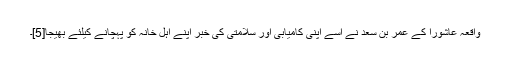
واقعہ عاشورا کے عمر بن سعد نے اسے اپنی کامیابی اور سلامتی کی خبر اپنے اہل خانہ کو پہچانے کیلئے بھیجا[5]۔